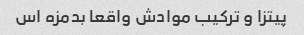
پیتزا و ترکیب موادش واقعا بدمزه اس